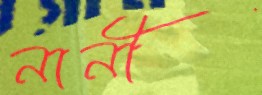
নানী